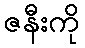
ဇနီးကို